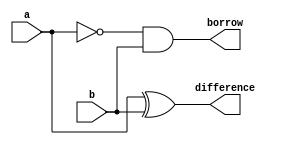
// Desgin a full subtractor using two half subtractors and OR gate.

module half_subtractor(output difference, borrow,
                       input a, b);

assign difference = a^b;
assign borrow = ~a & b;
endmodule

module full_subtractor(output difference, borrow,
                       input a, b, bin);

wire t_diff;
wire [1:0]t_borrow;

half_subtractor S1(t_diff, t_borrow[0], a, b);
half_subtractor S2(difference, t_borrow[1], t_diff, bin);

or (borrow, t_borrow[0], t_borrow[1]);

endmodule